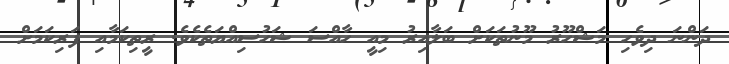
ދަންނަ ދިވެހި މަޝްހޫރު މޫނުތަކަށް ބަލާއިރު މިއީ ހާއްސަ ޝަހުސިއްޔަތެކެވެ. ރީތިކަމާއި ފަރިކަމަށް